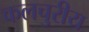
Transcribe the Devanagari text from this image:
कलचुरीय